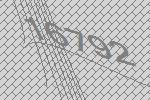
16792